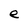
Character: e